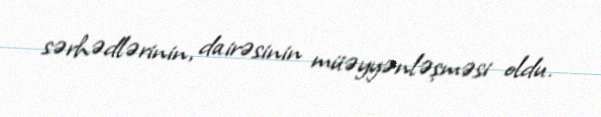
sərhədlərinin, dairəsinin müəyyənləşməsi oldu.